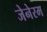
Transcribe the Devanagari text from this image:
जेनेरम